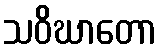
သဝိဃာတော